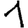
Digit: 1